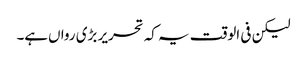
لیکن فی الوقت یہ کہ تحریر بڑی رواں‌ہے۔